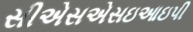
સીએસએસઇઆઇપી